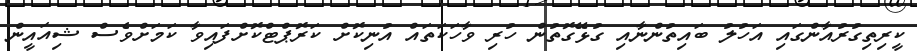
ކީރިތިގުރުއާންގައި އަހުލު ބައިތުންނާއި ގުޅޭގޮތުން ހުރި ވާހަކަތައް އުނިކޮށް ކަރޮޕްޓްކޮށްފައިވާ ކަމަށްވެސް ޝިއައީން